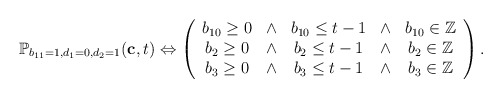
\begin{align*}\mathbb{P}_{b_{11} = 1, d_1 = 0, d_2 = 1}(\mathbf{c}, t) \Leftrightarrow \left(\begin{array}{ccccc}b_{10} \ge 0 &\wedge& b_{10} \le t-1 &\wedge& b_{10} \in \mathbb{Z} \\ b_{2} \ge 0 &\wedge &b_{2} \le t-1 &\wedge& b_{2} \in \mathbb{Z}\\b_{3} \ge 0 &\wedge &b_{3} \le t-1 &\wedge &b_{3} \in \mathbb{Z}\end{array}\right).\end{align*}